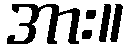
အား။